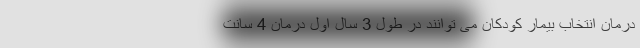
درمان انتخاب بیمار کودکان می توانند در طول 3 سال اول درمان 4 سانت